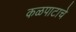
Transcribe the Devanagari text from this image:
कळपाटाचे